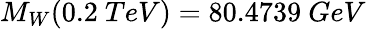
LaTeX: M_{W}(0.2\ TeV)=80.4739\ GeV